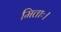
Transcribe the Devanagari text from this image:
मिताः।